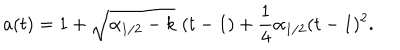
a ( t ) = 1 + \sqrt { \alpha _ { 1 / 2 } - k } \, \, ( t - 1 ) + \frac { 1 } { 4 } \alpha _ { 1 / 2 } ( t - 1 ) ^ { 2 } .